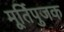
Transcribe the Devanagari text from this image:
मूर्तिपुजक